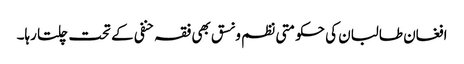
افغان طالبان کی حکومتی نظم و نسق بھی فقہ حنفی کے تحت چلتا رہا۔